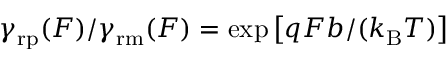
\gamma _ { \mathrm { r p } } ( F ) / \gamma _ { \mathrm { r m } } ( F ) = \exp \left[ q F b / ( k _ { \mathrm { B } } T ) \right]